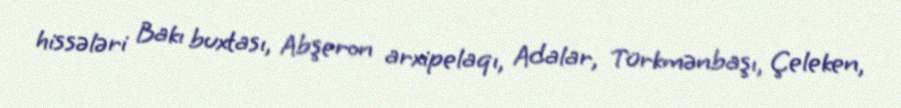
hissələri Bakı buxtası, Abşeron arxipelaqı, Adalar, Türkmənbaşı, Çeleken,